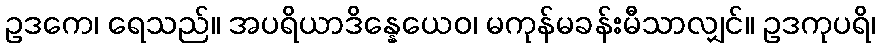
ဥဒကေ၊ ရေသည်။ အပရိယာဒိန္နေယေဝ၊ မကုန်မခန်းမီသာလျှင်။ ဥဒကုပရိ၊